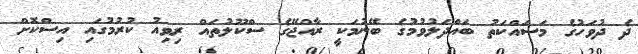
ދެ ދުވަހުގެ މަސައްކަތު ބައްދަލުވުމުގެ ބޭނުމަކީ ރާއްޖޭގެ ސްކޫލުތައް ރިވިއު ކުރުމުގައި އިސްކޮށް